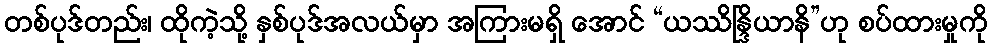
တစ်ပုဒ်တည်း၊ ထိုကဲ့သို့ နှစ်ပုဒ်အလယ်မှာ အကြားမရှိ အောင် “ယဿိန္ဒြိယာနိ”ဟု စပ်ထားမှုကို